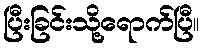
ပြီးခြင်းသို့ရောက်ပြီ။